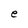
Character: e